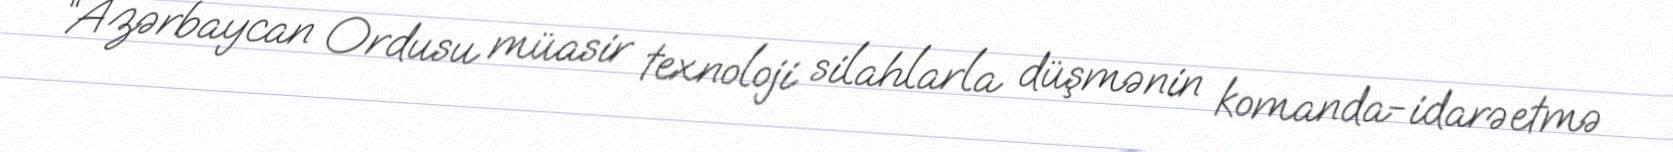
“Azərbaycan Ordusu müasir texnoloji silahlarla düşmənin komanda-idarəetmə